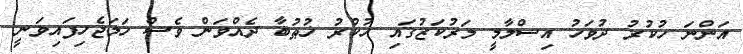
އަންނަ ހުކުރު ދުވަހު އިސްލާމީ މަރުކަޒުގައި ހުކުރު ޚުޠުބާ ދެއްވަން ވެސް ހަމަޖެހިފައިވަނީ